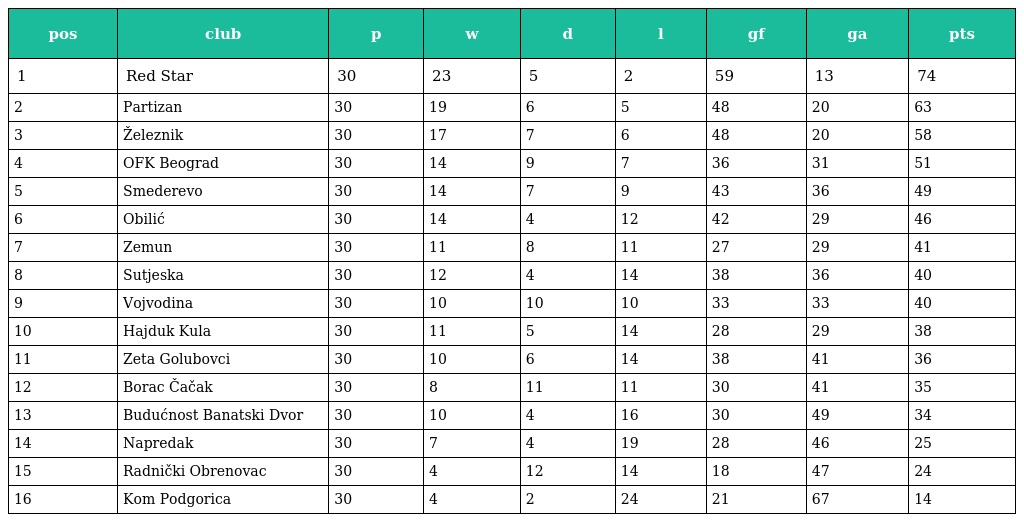
| pos | club | p | w | d | l | gf | ga | pts |
 | --- | --- | --- | --- | --- | --- | --- | --- | --- |
 | 1 | Red Star | 30 | 23 | 5 | 2 | 59 | 13 | 74 |
 | 2 | Partizan | 30 | 19 | 6 | 5 | 48 | 20 | 63 |
 | 3 | Železnik | 30 | 17 | 7 | 6 | 48 | 20 | 58 |
 | 4 | OFK Beograd | 30 | 14 | 9 | 7 | 36 | 31 | 51 |
 | 5 | Smederevo | 30 | 14 | 7 | 9 | 43 | 36 | 49 |
 | 6 | Obilić | 30 | 14 | 4 | 12 | 42 | 29 | 46 |
 | 7 | Zemun | 30 | 11 | 8 | 11 | 27 | 29 | 41 |
 | 8 | Sutjeska | 30 | 12 | 4 | 14 | 38 | 36 | 40 |
 | 9 | Vojvodina | 30 | 10 | 10 | 10 | 33 | 33 | 40 |
 | 10 | Hajduk Kula | 30 | 11 | 5 | 14 | 28 | 29 | 38 |
 | 11 | Zeta Golubovci | 30 | 10 | 6 | 14 | 38 | 41 | 36 |
 | 12 | Borac Čačak | 30 | 8 | 11 | 11 | 30 | 41 | 35 |
 | 13 | Budućnost Banatski Dvor | 30 | 10 | 4 | 16 | 30 | 49 | 34 |
 | 14 | Napredak | 30 | 7 | 4 | 19 | 28 | 46 | 25 |
 | 15 | Radnički Obrenovac | 30 | 4 | 12 | 14 | 18 | 47 | 24 |
 | 16 | Kom Podgorica | 30 | 4 | 2 | 24 | 21 | 67 | 14 |